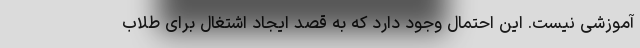
آموزشی نیست. این احتمال وجود دارد که به قصد ایجاد اشتغال برای طلاب